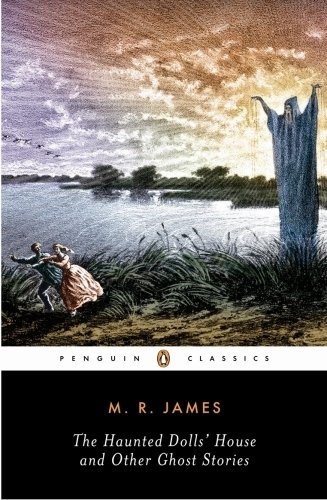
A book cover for The Haunted Doll's House and Other Ghost Stories (The Complete Ghost Stories of M.R. James, Vol. 2); M. R. James; Literature & Fiction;